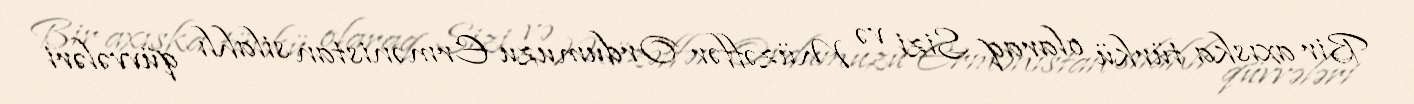
Bir axıska türkü olaraq Sizi və Müzəffər Ordumuzu Ermənistan silahlı qüvvələri